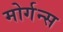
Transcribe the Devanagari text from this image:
मोर्गन्स